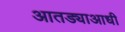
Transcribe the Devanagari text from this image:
आतड्याआधी